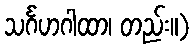
သင်္ဂဟဂါထာ၊ တည်း။)